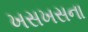
ખસખસના